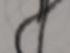
Signature authenticity: forged